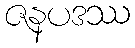
ဇနပဒဿ